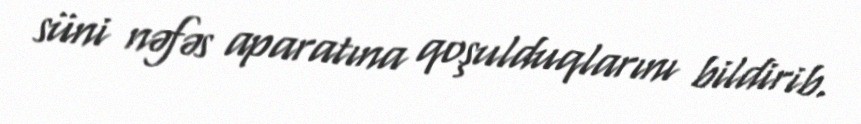
süni nəfəs aparatına qoşulduqlarını bildirib.